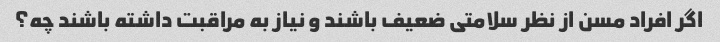
اگر افراد مسن از نظر سلامتی ضعیف باشند و نیاز به مراقبت داشته باشند چه؟